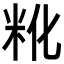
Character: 𬖒